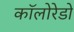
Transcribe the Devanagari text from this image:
कॉलोरेडो